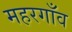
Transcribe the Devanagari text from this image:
महरगाँव